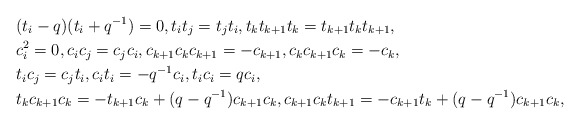
\begin{align*}&(t_i-q)(t_i+q^{-1})=0,t_it_j=t_jt_i,t_kt_{k+1}t_k=t_{k+1}t_kt_{k+1},\\&c_i^2=0,c_ic_j=c_jc_i,c_{k+1}c_{k}c_{k+1}=-c_{k+1}, c_{k}c_{k+1}c_{k}=-c_{k},\\&t_ic_j=c_jt_i,c_it_i=-q^{-1}c_i,t_ic_i=qc_i,\\&t_kc_{k+1}c_k=-t_{k+1}c_k+(q-q^{-1})c_{k+1} c_k, c_{k+1}c_{k}t_{k+1}=-c_{k+1}t_k+(q-q^{-1})c_{k+1} c_k,\end{align*}